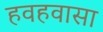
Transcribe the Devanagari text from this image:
हवहवासा